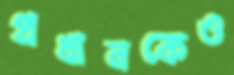
প্রধানকেও